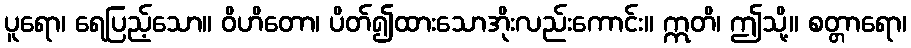
ပူရော၊ ရေပြည့်သော။ ဝိဟိတော၊ ပိတ်၍ထားသောအိုးလည်းကောင်း။ ဣတိ၊ ဤသို့။ စတ္တာရော၊